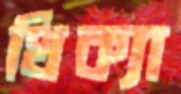
থিক্যা